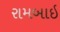
રામબાઇ